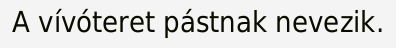
A vívóteret pástnak nevezik.